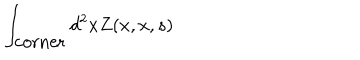
\int _ { \mathrm { c o r n e r } } d ^ { 2 } x Z ( x , x , s )